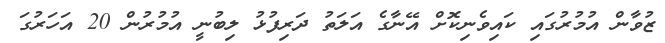
ޒުވާން އުމުރުގައި ކައިވެނިކޮށް އޭނާގެ އަލަތު ދަރިފުޅު ލިބުނީ އުމުރުން 20 އަހަރުގަ